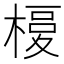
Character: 𣘅